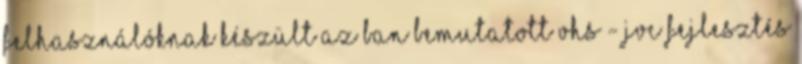
felhasználóknak készült az ban bemutatott VHS - JVC fejlesztés